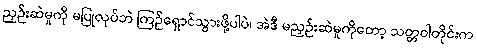
ညှဉ်းဆဲမှုကို မပြုလုပ်ဘဲ ကြဉ်ရှောင်သွားဖို့ပါပဲ၊ အဲဒီ မညှဉ်းဆဲမှုကိုတော့ သတ္တဝါတိုင်းက